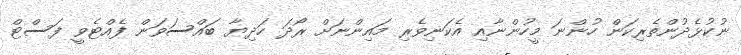
ނުކުޅެދުންތެރިކަން ހުންނަ މީހުންނާއި އެކަނިވެރި މައިންނަށް ރޯދަ ހަދިޔާ ބައްސަވަން ފެއްޓެވީ ފަސްޓް